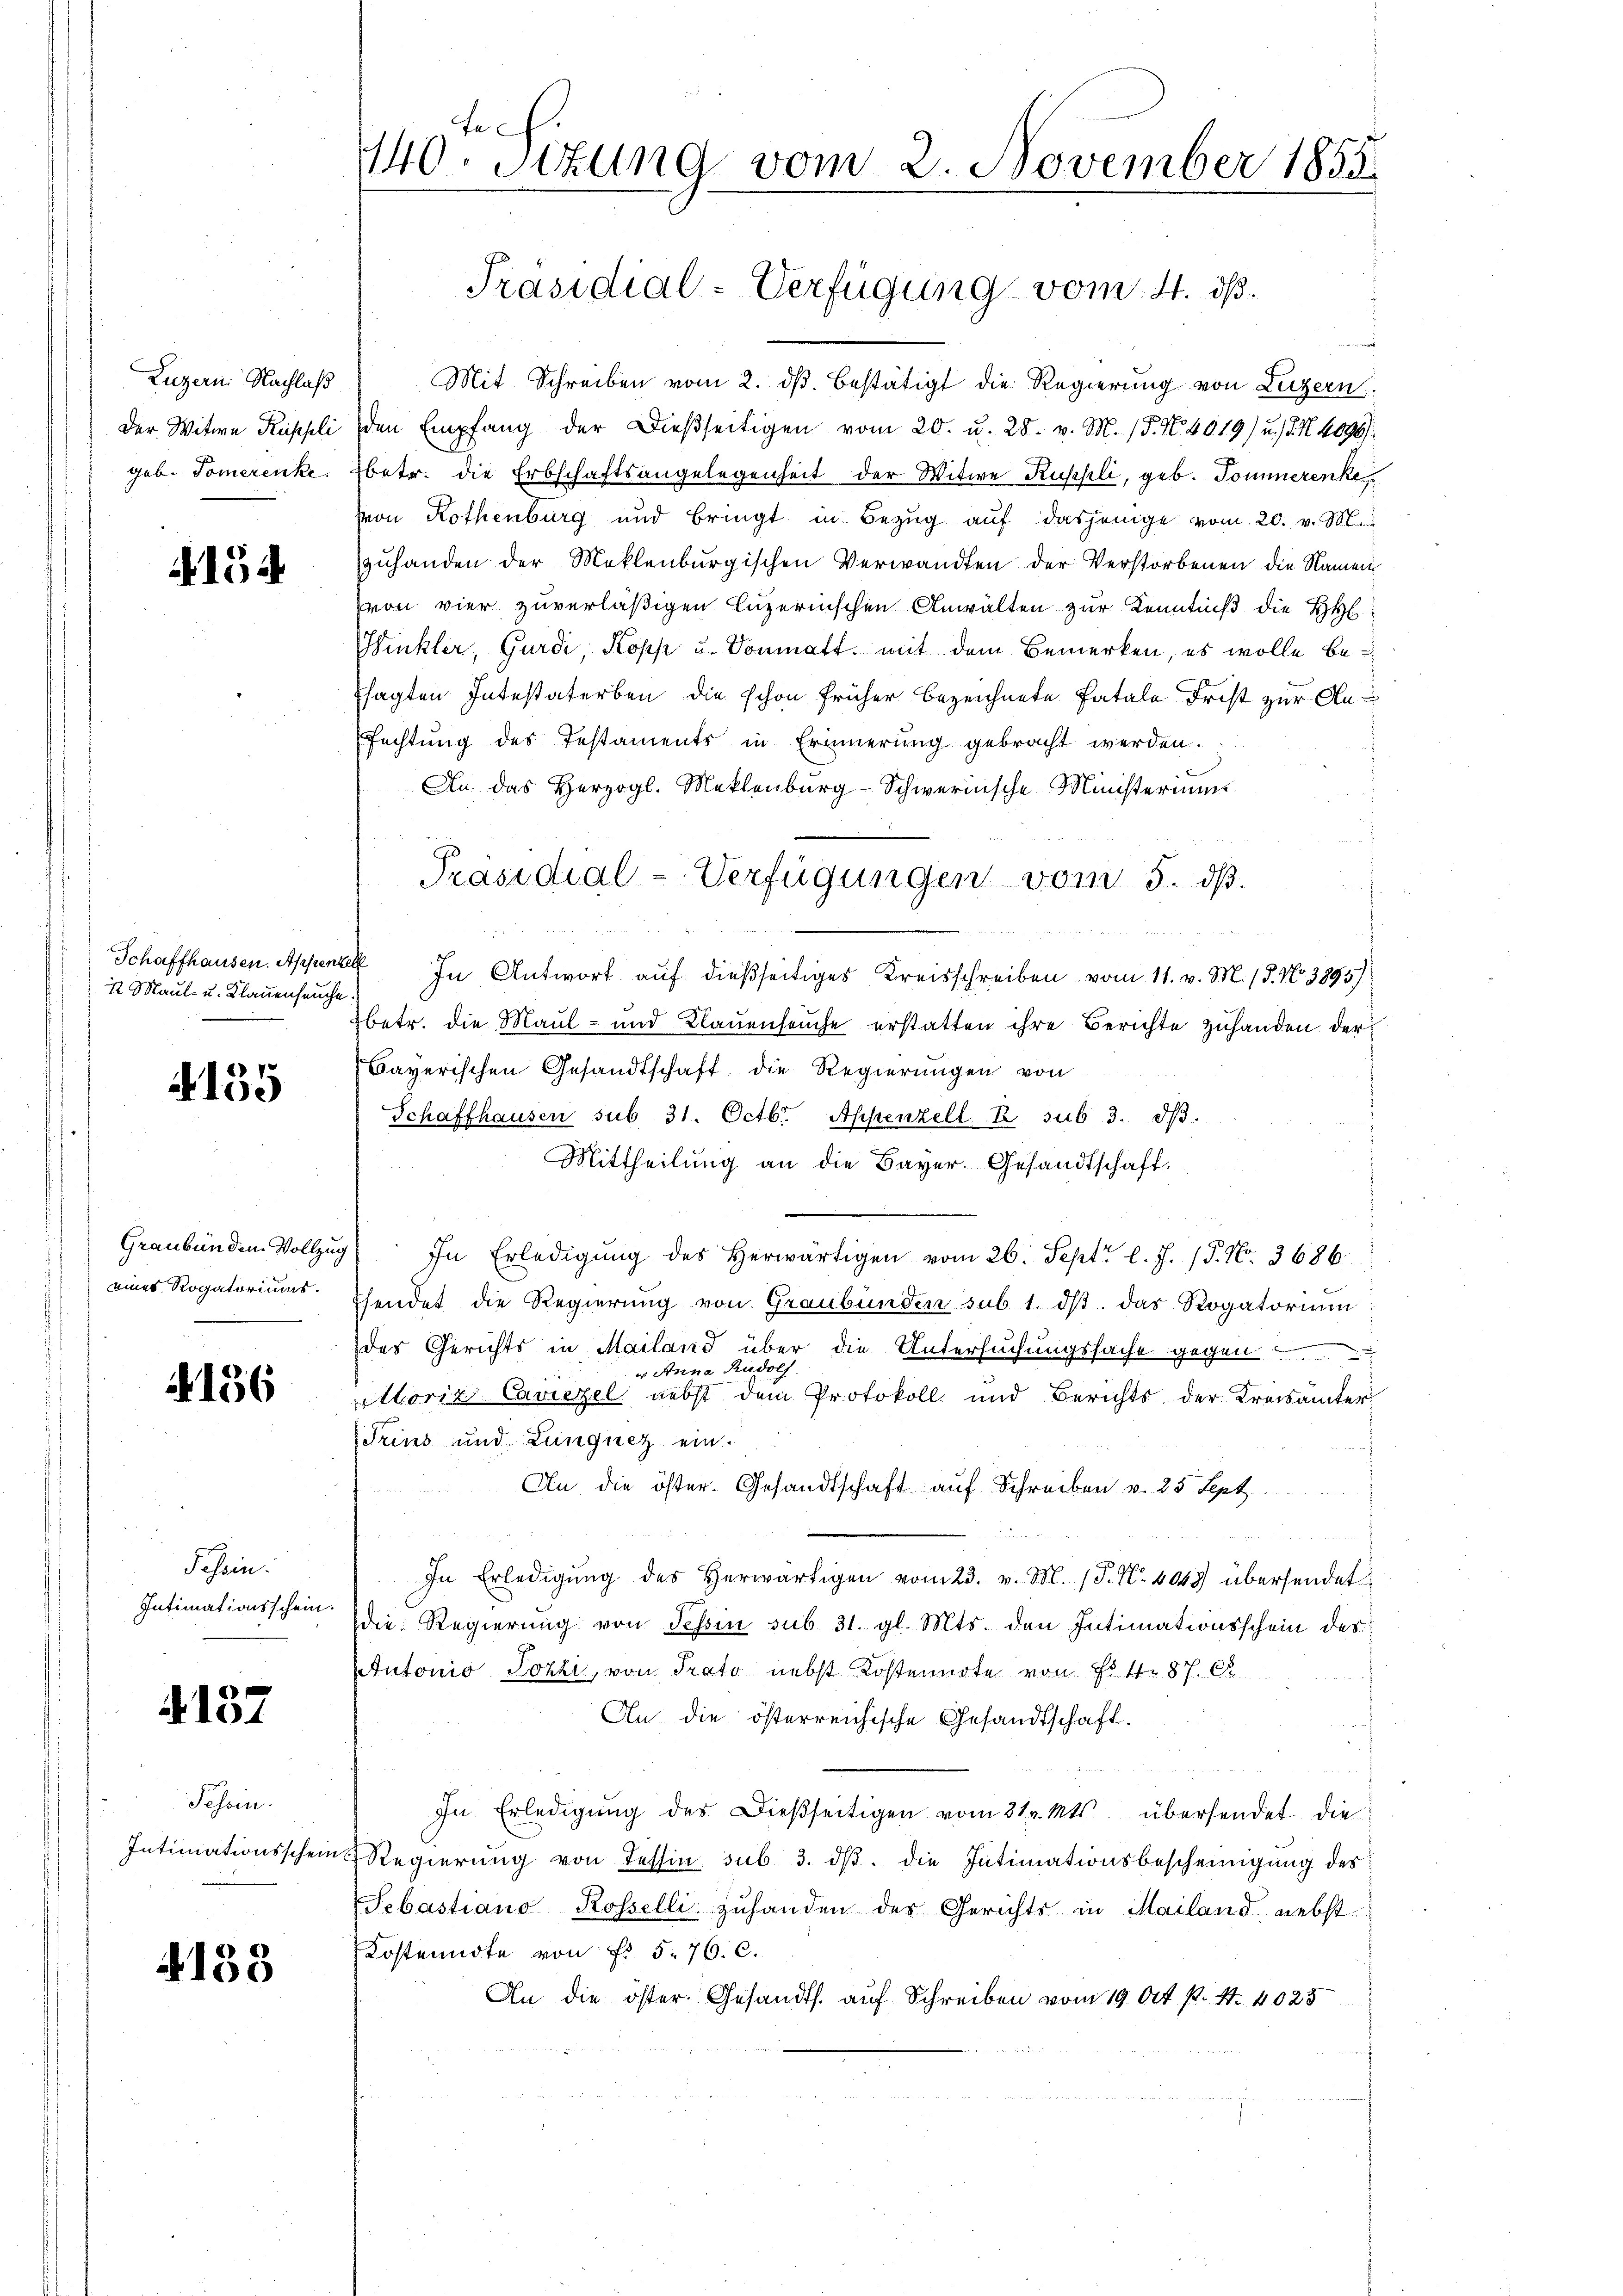
Luzern Nachlaß
Der Witwe Ruppli
geb. Tomerenke.

15

½ Maul- u. Klauenseuche.

135

Graubünden. Vollzug
eines Rogatoriums.

A 156

Fessen.
Intimationsschein.

4137

Tessin.
Intimationsschein

133

te
140. Setzung vom 2. November 1855

Mit Schreiben vom 2. ds. bestätigt die Regierung von Luzern:
den Empfang der Dießseitigen vom 20. u. 28. v. M. (T. No. 4019) u. s. N. 4090/
betr. die Erbschaftsangelegenheit der Witwe Ruschli, geb. Sommerenke
von Rothenburg und bringt in Bezŭg aŭf dasjenige vom 20. v. M.
zŭhanden der Maklenburgischen Verwandten der Verstorbenen die Namen
von vier zuverläßigen luzernschen Anwälten zur Kenntniß die HH
Winkler, Gurdi, Kopp u. Donmatt mit dem Bemerken, es wolle be¬
Esagten Intestaterben die schon früher bezeichnete Fatale Frist zur An¬
Fechtung des Testaments in Erinnerung gebracht werden.
An das Herzogl. Meklenburg-Schwerinsche Ministerium

N 22.
Schaffhausen. Appenzell In Antwort auf dießseitiges Kreisschreiben vom 11. v. M. / 5. No. 3895)
Ebetr. die Maul- und Klauenseuche erstatten ihre Berichte zuhanden der¬
Bayerischen Gesandtschaft die Regierungen von
Schaffhausen sub 31. Octbr., Appenzell A. sub 3. dβ.
Mittheilŭng an die Bayer. Gesandtschaft.
In Erledigŭng des herwärtigen vom 26. Sept. l. J. 17. No. 3686.
hendet die Regierung von Graubünden sub 1. dβ das Rogatorium
des Gerichts in Mailand über die Untersuchungssache gegen
 Rudolf
er Ann
Moriz Caviezel nebst dem Protokoll und Berichts der Kreisämter
Trins und Lungnez ein.
An die öster. Gesandtschaft auf Schreiben v. 25 Sept.
In Erledigŭng des herwärtigen vom 23. v. M. (S. Nr. 4049 übersendet
die Regierŭng von Tessin sub. 31. gl. Mts. den Intimationsschein des
Autonio Pozzi, von Prato nebst Kostennote von Fr. 187.
An die österreichische Gesandtschaft.
In Erledigung des dießseitigen vom 31. Mts. übersendet die
Regierŭng von Tessin sub 3. dβ. die Intimationsbescheinigung des
Sebastiano Rosselli zuhanden der Gerichts in Mailand nebst
Kostenndte von Fr. 5. 76. C.
An die öster. Gesandts. auf Schreiben vom 19. Oct. P. Nr. 4025

Präsidial-Verfügung vom 4. ds.

Präsidial-Verfügungen vom 5. dß.